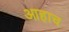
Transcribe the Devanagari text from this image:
आहाच